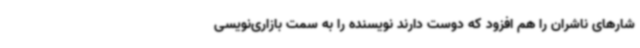
شارهای ناشران را هم افزود که دوست دارند نویسنده را به سمت بازاری‌نویسی